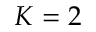
K = 2